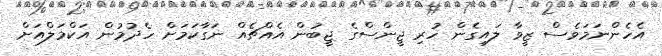
އެހެންނަމަވެސް ޒީވާ ލައިގެން ހުރި ޖީންސްގެ ޖީބުން އެއްޗެއް ނަގާކަމަށް ހެދުމުން އަކްމަލްއަށް